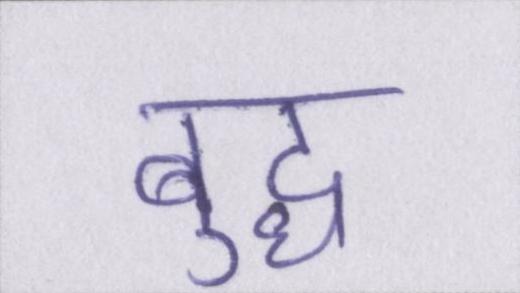
बुद्ध